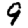
Digit: 9